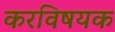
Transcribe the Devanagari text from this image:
करविषयक